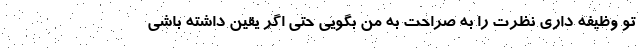
تو وظیفه داری نظرت را به صراحت به من بگویی حتی اگر یقین داشته باشی